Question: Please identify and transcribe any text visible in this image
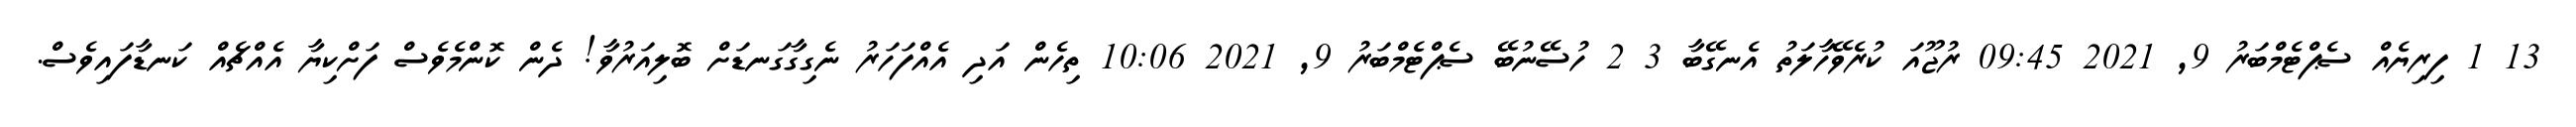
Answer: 13 1 ފިރިޔެއް ސެޕްޓެމްބަރު 9, 2021 09:45 ރުޖޫއަ ކުރެވޭހާލަތު އެނގޭބާ 3 2 ހުސޭނުބޭ ސެޕްޓެމްބަރު 9, 2021 10:06 ތިހެން އަދި އެއްފަހަރު ނެގިގާގަނޑަށް ބޮލިއަރުވާ! ދެން ކޮންމެވެސް ފަށްކިޔާ އެއްޗެއް ކަނޑާފައިވެސް.